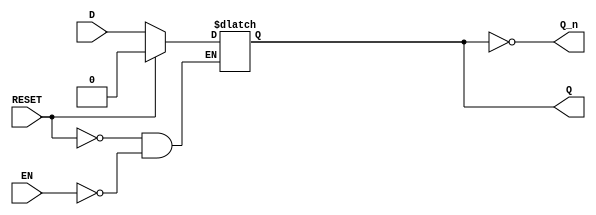
module latch_register (
    input wire D,          // Data Input
    input wire EN,         // Enable Signal
    input wire RESET,      // Reset Signal
    output reg Q,          // Data Output
    output wire Q_n        // Complement Output
);

// Inverted output of Q
assign Q_n = ~Q;

// Latch behavior
always @(*) begin
    if (RESET) begin
        Q <= 1'b0; // Reset the latch to 0
    end else if (EN) begin
        Q <= D;    // Capture the input data when enabled
    end
    // If EN is low, Q holds its previous value (retains state)
end

endmodule